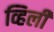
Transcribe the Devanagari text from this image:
व्हिली